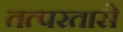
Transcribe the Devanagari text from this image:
तत्परतासे